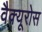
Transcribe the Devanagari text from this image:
वैक्यूरोस